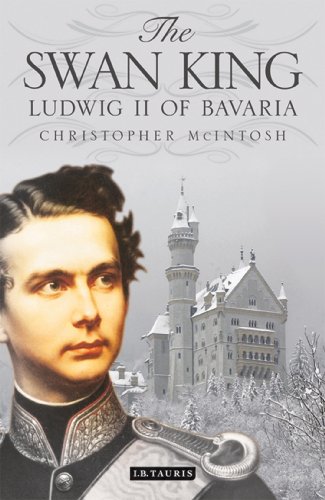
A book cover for The Swan King: Ludwig II of Bavaria; Christopher McIntosh; Biographies & Memoirs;